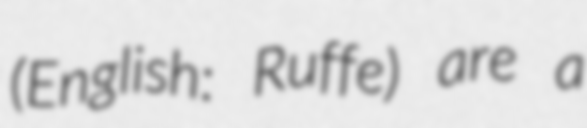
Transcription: (English: Ruffe) are a